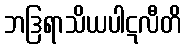
ဘဒြရာသိယပါဋလီတိ